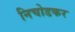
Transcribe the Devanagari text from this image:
निचोडकर